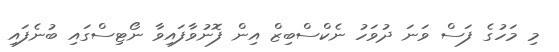
މި މަހުގެ ފަސް ވަނަ ދުވަހު ނެކްސްބިޒް އިން ފޮނުވާފައިވާ ނޯޓިސްގައި ބުނެފައި